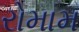
રોમામ